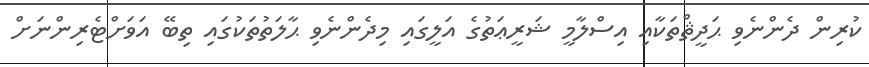
ކުރިން ދެންނެވި ޙަދީޘްތަކާއި އިސްލާމީ ޝަރީޢަތުގެ އަލީގައި މިދެންނެވި ޙާލަތުތަކުގައި ތިބޭ އަވަށްޓެރިންނަށް